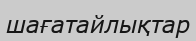
шағатайлықтар